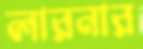
লারনার